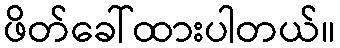
ဖိတ်ခေါ်ထားပါတယ်။